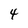
Character: 4